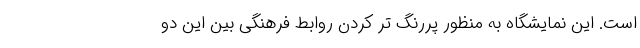
است. این نمایشگاه به منظور پررنگ تر کردنِ روابطِ فرهنگی بین این دو